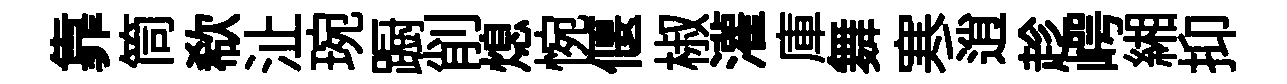
靠筒欷沚琬蹰削熄惋偃椒灌庫舞寒逍趁崿緗抑